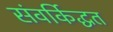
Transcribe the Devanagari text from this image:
संवर्किद्धत